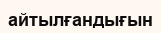
айтылғандығын